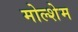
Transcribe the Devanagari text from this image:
मोल्शेम